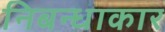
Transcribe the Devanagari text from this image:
निबन्धाकार